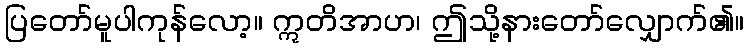
ပြတော်မူပါကုန်လော့။ ဣတိအာဟ၊ ဤသို့နားတော်လျှောက်၏။